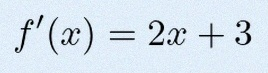
f'(x)=2x+3